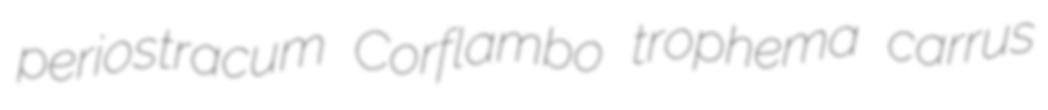
periostracum Corflambo trophema carrus